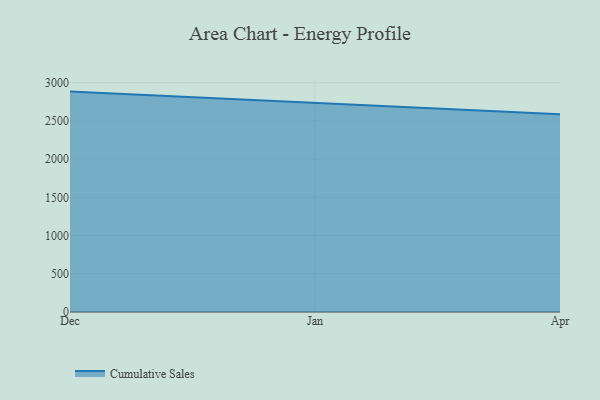
{"axis": {"x": "Month", "y": "Revenue (USD Million)"}, "legend": ["Cumulative Sales"], "data": [{"x": "Dec", "y": 2883.6, "type": "Cumulative Sales"}, {"x": "Jan", "y": 2731.6, "type": "Cumulative Sales"}, {"x": "Apr", "y": 2586.4, "type": "Cumulative Sales"}]}